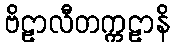
ဗိဠာလီတက္ကဠာနိ